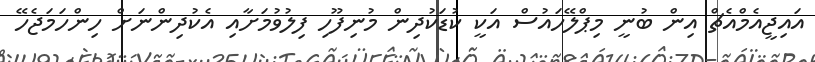
އައިޖީއެމްއެޗް އިން ބުނީ މިޕްލޭހައުސް އަކީ ކުޑަކުދިން މުނިފޫހި ފިލުވުމަށާއި އެކުދިންނަށް ހިންހަމަޖެހޭ